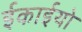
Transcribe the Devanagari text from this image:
ईकाईयो